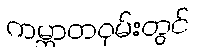
ကမ္ဘာတဝှမ်းတွင်